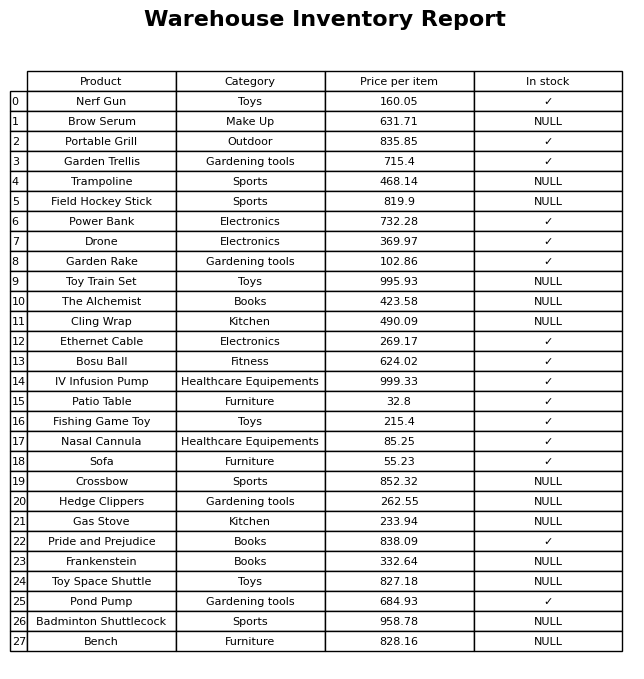
question: What is the price for Portable Grill?
answer: The price of Portable Grill is 835.85.